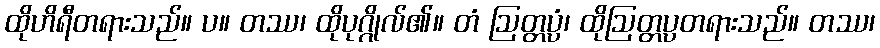
ထိုဟိရီတရားသည်။ ပ။ တဿ၊ ထိုပုဂ္ဂိုလ်၏။ တံ ဩတ္တပ္ပံ၊ ထိုဩတ္တပ္ပတရားသည်။ တဿ၊